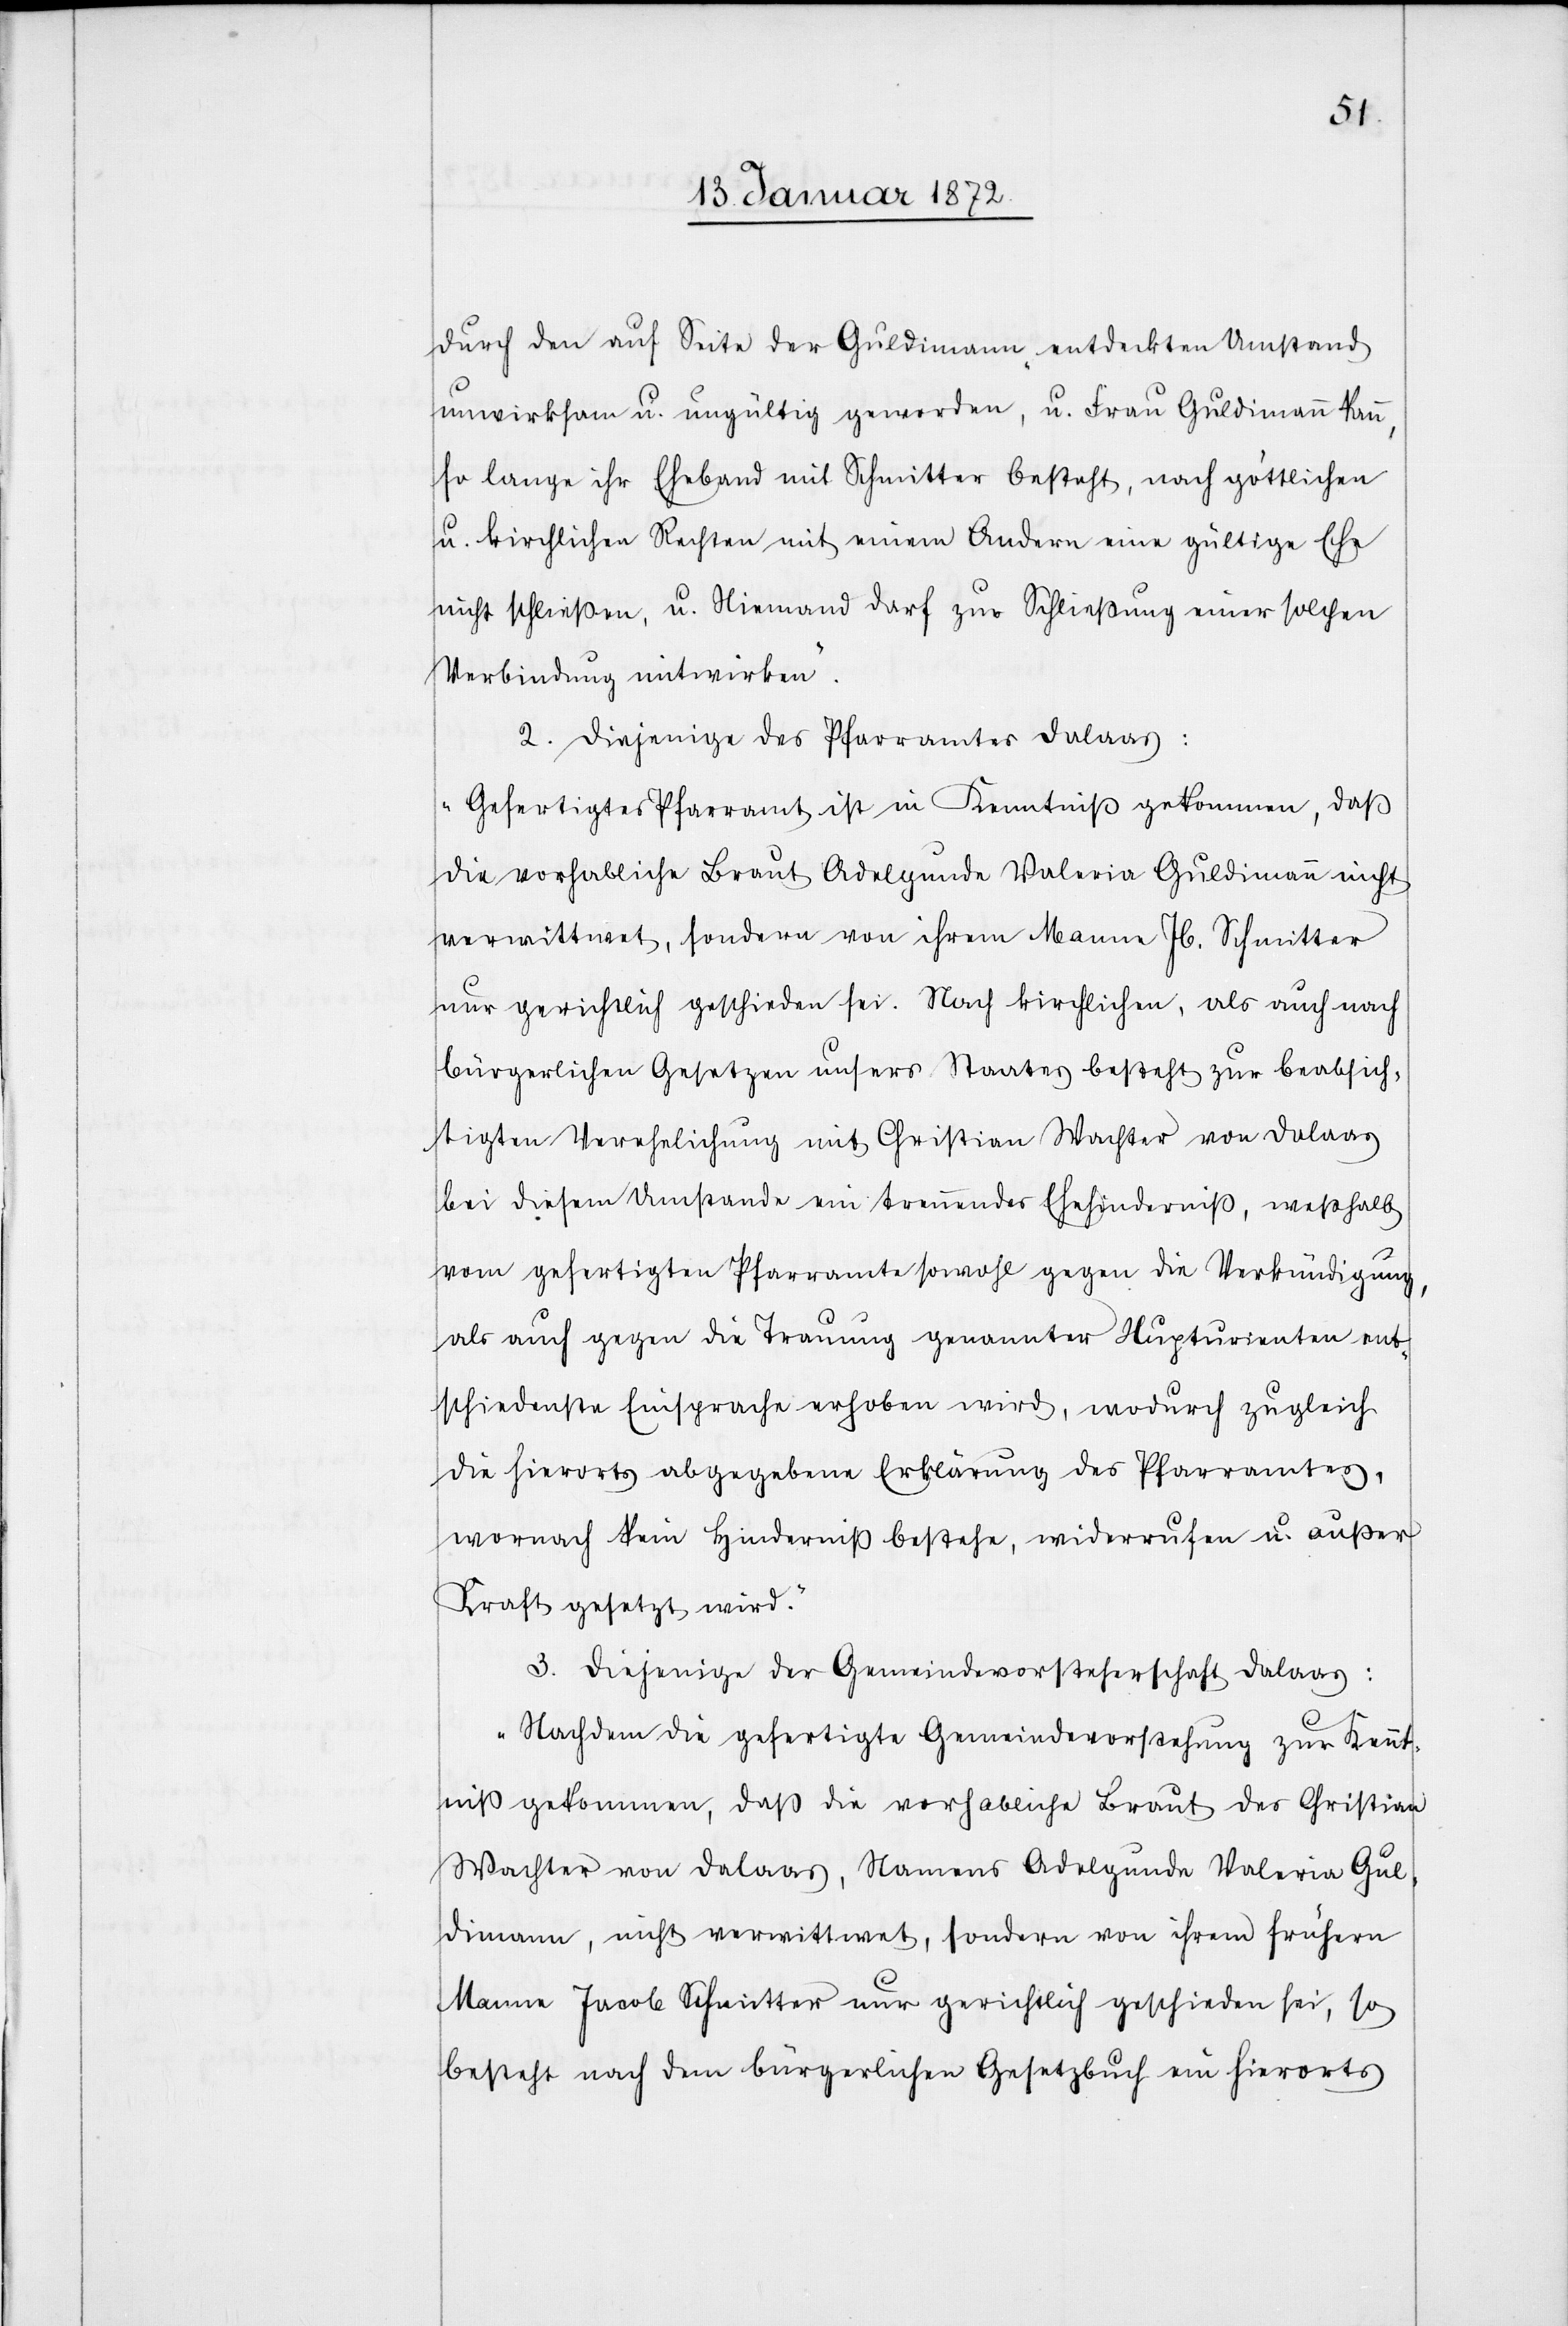
durch den auf Seite der Guldimann „entdeckten Umstand
unwirksam u. ungültig geworden, u. Frau Guldimann kann,
so lange ihr Eheband mit Schmitter besteht, nach göttlichen
u. kirchlichen Rechten mit einem Andern eine gültige Ehe
nicht schließen, u. Niemand darf zur Schließung einer solchen
Verbindung mitwirken“.
2. Diejenige des Pfarramtes Dalaas:
„Gefertigtes Pfarramt ist in Kenntniß gekommen, daß
die vorhabliche Braut Adelgunde Valeria Guldimann nicht
verwittwet, sondern von ihrem Manne Jb. Schmitter
nur gerichtlich geschieden sei. Nach kirchlichen, als auch nach
bürgerlichen Gesetzen unsers Staates besteht zur beabsich¬
tigten Verehelichung mit Christian Wachter von Dalaas
bei diesem Umstande ein trennendes Ehehinderniß, weßhalb
vom gefertigten Pfarramte sowohl gegen die Verkündigung,
als auch gegen die Trauung genannter Nupturienten ent¬
schiedenste Einsprache erhoben wird, wodurch zugleich
die hierorts abgegebene Erklärung des Pfarramtes,
wornach kein Hinderniß bestehe, widerrufen u. außer
Kraft gesetzt wird.“
3. Diejenige der Gemeindevorsteherschaft Dalaas:
„Nachdem die gefertigte Gemeindevorstehung zur Kennt¬
niß gekommen, daß die vorhabliche Braut des Christian
Wachter von Dalaas, Namens Adelgunde Valeria Gul¬
dimann, nicht verwittwet, sondern von ihrem frühern
Manne Jacob Schmitter nur gerichtlich geschieden sei, so
bestehe nach dem bürgerlichen Gesetzbuch ein hierorts